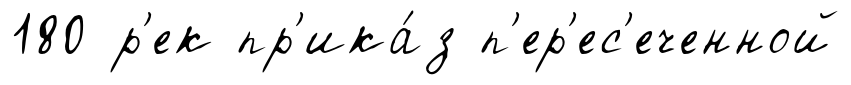
180 р'ек пр'ика́з п'ер'ес'еченной